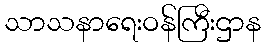
သာသနာရေးဝန်ကြီးဌာန